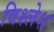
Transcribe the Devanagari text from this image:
विश्लेश